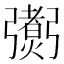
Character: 𢐼